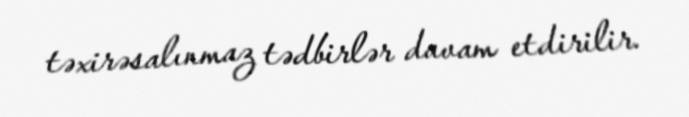
təxirəsalınmaz tədbirlər davam etdirilir.